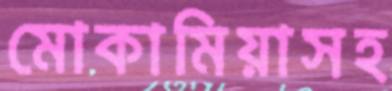
মোকামিয়াসহ